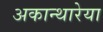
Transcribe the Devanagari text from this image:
अकान्थारेया